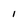
Character: I